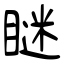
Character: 瞇